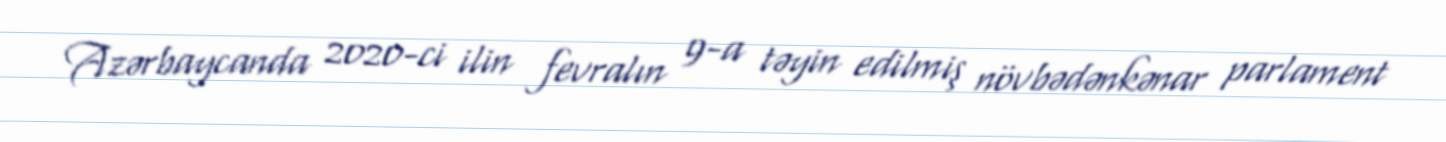
Azərbaycanda 2020-ci ilin fevralın 9-a təyin edilmiş növbədənkənar parlament